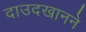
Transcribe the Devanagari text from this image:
दाउदखानने